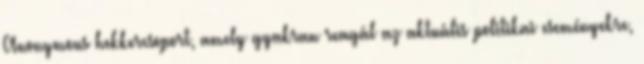
Anonymous hekkercsoport, amely gyakran reagál az aktuális politikai eseményekre,